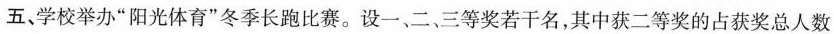
五、学校举办”阳光体育”冬季长跑比赛。设一、二、三等奖若干名，其中获二等奖的占获奖总人数